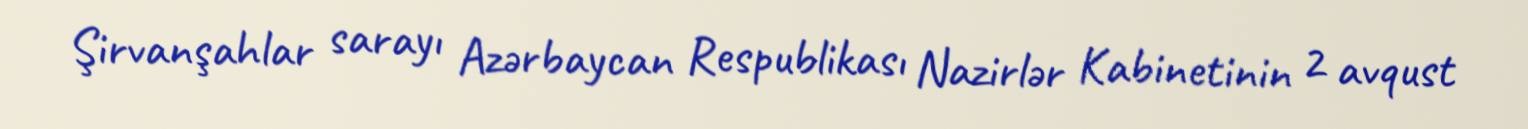
Şirvanşahlar sarayı Azərbaycan Respublikası Nazirlər Kabinetinin 2 avqust